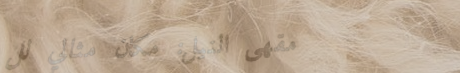
مقهى النيل: مكان مثالي لل